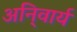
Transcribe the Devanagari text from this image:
अनि्वार्य